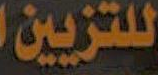
للتزيين